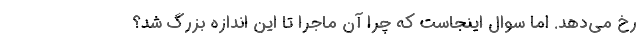
رخ مي‌دهد. اما سوال اينجاست كه چرا آن ماجرا تا اين اندازه بزرگ شد؟